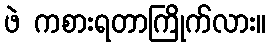
ဖဲ ကစားရတာကြိုက်လား။